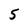
Character: 5